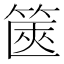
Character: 篋